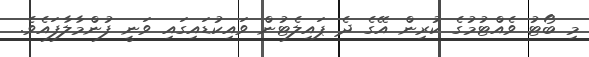
މި ބޯޓު ވެއްޓުމުގެ ކުރިން އޭގެ ދެ ޕައިލެޓުން ވައިކުޑައިގައި ވަނީ ފުންމާލާފައެވެ.